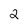
Character: 2